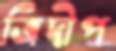
ত্রিদীপ